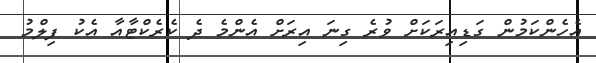
އެހެންކަމުން ގަޑިއިރަކަށް ވުރެ ގިނަ އިރަށް އެންމެ ދެ ކެރެކްޓާއާ އެކު ފިލްމު